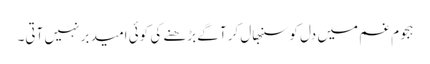
ہجوم غم میں دل کو سنبھال کر آگے بڑھنے کی کوئی امید بر نہیں آتی۔